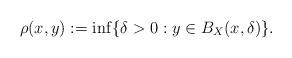
LaTeX: \begin{align*} \rho(x,y):=\inf\{\delta>0 : y\in B_X(x,\delta)\}.\end{align*}